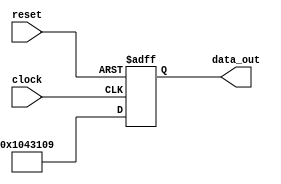
module version_reg (clock, reset, data_out);
    input clock;
    input reset;
    output [31:0] data_out;
    reg [31:0] data_out;
    always @ (posedge clock or negedge reset) begin
        if (!reset)
            data_out <= 32'h0000000;
        else
            data_out <= 32'h1043109;
    end
endmodule